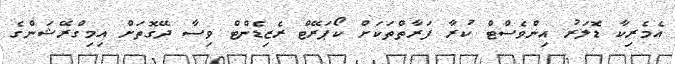
އެމެރިކާ ޑޮލަރު އިންވެސްޓް ކުރާ ފަރާތްތަކަށް ކޯޕަރޭޓް ރެޒިޑެންޓް ވިސާ ދޭގޮތަށް އިމިގްރޭޝަންގެ